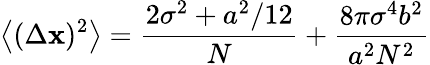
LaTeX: \left\langle(\Delta\mathbf{x})^{2}\right\rangle=\frac{{2\sigma^{2}+a^{2}/12}}{{N}}+\frac{{8\pi\sigma^{4}b^{2}}}{{a^{2}N^{2}}}